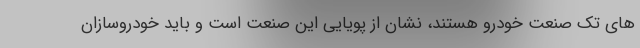
های تک صنعت خودرو هستند، نشان از پویایی این صنعت است و باید خودروسازان